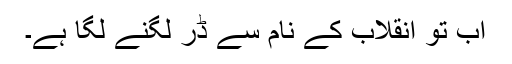
اب تو انقلاب کے نام سے ڈر لگنے لگا ہے۔